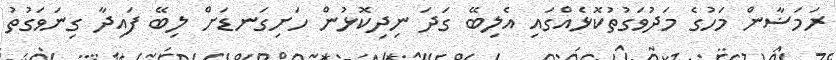
ރަމަޟާން މަހުގެ މަދުވަގުތުކޮޅެއްގައި އެލިބޭ ގަދަ ނިދިކޮޅުން ހަށިގަނޑަށް ލިބޭ ފައިދާ ގިނަވަގުތު